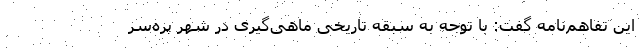
این تفاهم‌نامه گفت: با توجه به سبقه تاریخی ماهی‌گیری در شهر پره‌سر